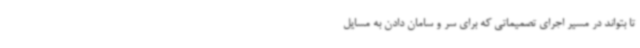
تا بتواند در مسیر اجرای تصمیماتی که برای سر و سامان دادن به مسایل